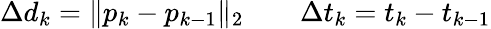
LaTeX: \Delta{d}_{k}=\| p_{k}-p_{k-1}\| _{2}\qquad\Delta{t}_{k}=t_{k}-t_{k-1}